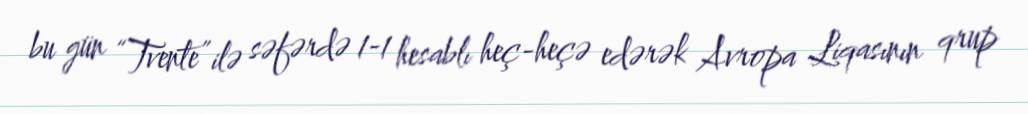
bu gün “Tvente” ilə səfərdə 1-1 hesablı heç-heçə edərək Avropa Liqasının qrup